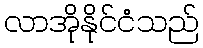
လာအိုနိုင်ငံသည်